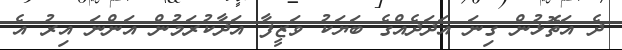
ދެ އަތޮޅުން ގިނަ އަދަދެއްގެ ބަޔަކު ވަޒީފާ އަދާކުރަމުން އަންނަ އިރު އެ